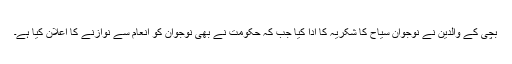
بچی کے والدین نے نوجوان سیاح کا شکریہ کا ادا کیا جب کہ حکومت نے بھی نوجوان کو انعام سے نوازنے کا اعلان کیا ہے۔